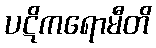
ပဋိကရောမီတိ